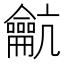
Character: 䶳